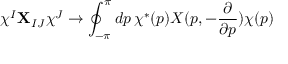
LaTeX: \chi ^ { I } { \bf X } _ { I J } \chi ^ { J } \rightarrow \oint _ { - \pi } ^ { \pi } d p \, \chi ^ { * } ( p ) X ( p , - \frac { \partial } { \partial p } ) \chi ( p )